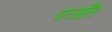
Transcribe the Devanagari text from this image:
पत्जांलि